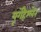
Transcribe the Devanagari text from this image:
यूर्गेंहेश्लेर